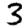
Digit: 3